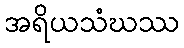
အရိယသံဃဿ